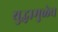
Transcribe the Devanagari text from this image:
युद्धामुळेच